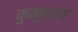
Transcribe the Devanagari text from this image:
कुक्कुटाद्य